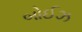
બોઈઝ